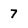
Character: 7